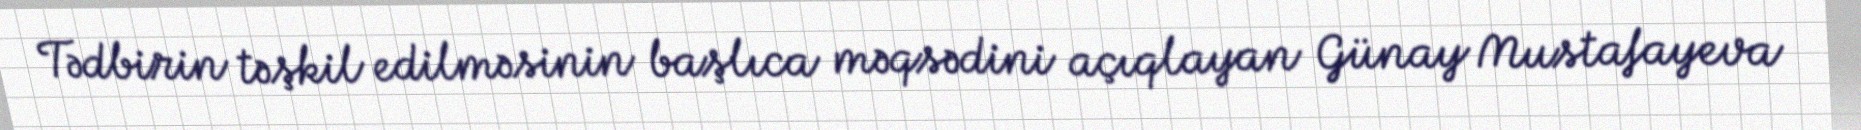
Tədbirin təşkil edilməsinin başlıca məqsədini açıqlayan Günay Mustafayeva